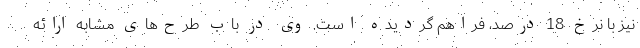
نیز با نرخ 18 درصد، فراهم گردیده است. وی در باب طرح‌های مشابه ارائه